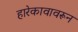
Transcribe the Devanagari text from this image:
हारेकावावरून